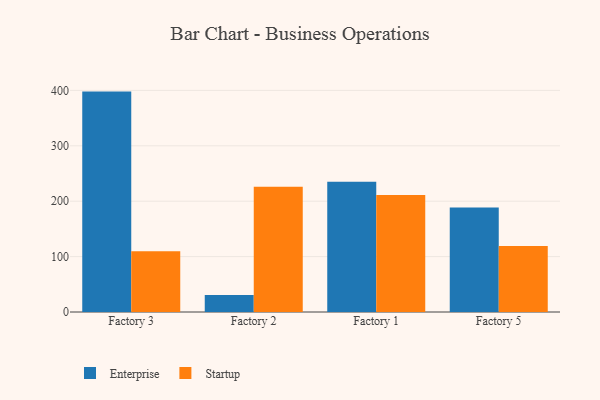
{"axis": {"x": "Factory", "y": "Inventory Turnover"}, "legend": ["Enterprise", "Startup"], "data": [{"x": "Factory 3", "y": 397.8, "type": "Enterprise"}, {"x": "Factory 3", "y": 109.5, "type": "Startup"}, {"x": "Factory 2", "y": 30.5, "type": "Enterprise"}, {"x": "Factory 2", "y": 226.0, "type": "Startup"}, {"x": "Factory 1", "y": 235.0, "type": "Enterprise"}, {"x": "Factory 1", "y": 211.1, "type": "Startup"}, {"x": "Factory 5", "y": 188.8, "type": "Enterprise"}, {"x": "Factory 5", "y": 118.9, "type": "Startup"}]}